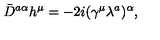
\bar { D } ^ { a \alpha } h ^ { \mu } = - 2 i ( \gamma ^ { \mu } \lambda ^ { a } ) ^ { \alpha } ,